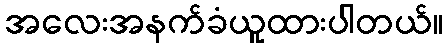
အလေးအနက်ခံယူထားပါတယ်။